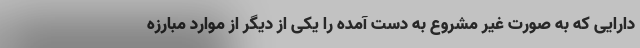
دارایی که به صورت غیر مشروع به دست آمده را یکی از دیگر از موارد مبارزه